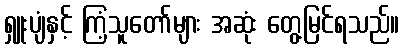
ရှူးပျံနှင့် ကြံ့သူတော်များ အဆုံး တွေ့မြင်ရသည်။